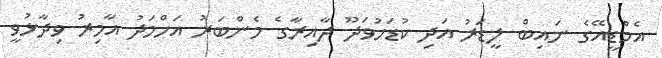
އެމްޑީއޭގެ ނައިބް ލީޑަރު އަދި ކުޑަހުވަދޫ ދާއިރާގެ މެންބަރު އަހްމަދު އާމިރު ވިދާޅުވީ